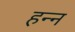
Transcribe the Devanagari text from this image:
हन्न